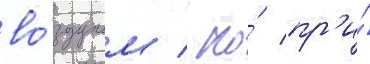
во́здухом / но́ пр'и́